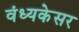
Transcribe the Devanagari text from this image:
वंध्यकेसर